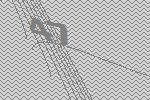
47